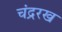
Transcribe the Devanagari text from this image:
चंद्ररख